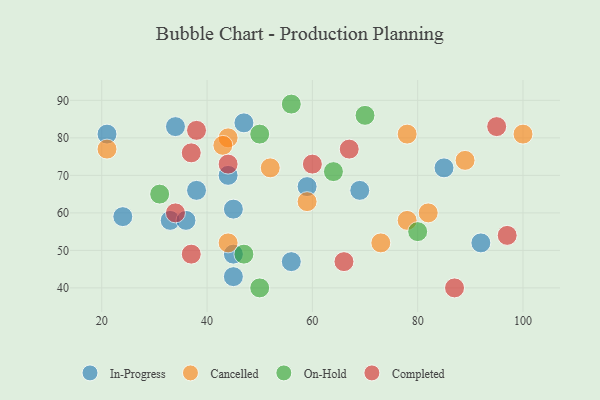
{"axis": {"x": "GDP", "y": "Life Expectancy"}, "legend": ["Cancelled", "Completed", "In-Progress", "On-Hold"], "data": [{"x": "34", "y": 83, "type": "In-Progress"}, {"x": "47", "y": 84, "type": "In-Progress"}, {"x": "45", "y": 49, "type": "In-Progress"}, {"x": "69", "y": 66, "type": "In-Progress"}, {"x": "44", "y": 70, "type": "In-Progress"}, {"x": "33", "y": 58, "type": "In-Progress"}, {"x": "45", "y": 43, "type": "In-Progress"}, {"x": "45", "y": 61, "type": "In-Progress"}, {"x": "21", "y": 81, "type": "In-Progress"}, {"x": "36", "y": 58, "type": "In-Progress"}, {"x": "56", "y": 47, "type": "In-Progress"}, {"x": "38", "y": 66, "type": "In-Progress"}, {"x": "92", "y": 52, "type": "In-Progress"}, {"x": "59", "y": 67, "type": "In-Progress"}, {"x": "24", "y": 59, "type": "In-Progress"}, {"x": "85", "y": 72, "type": "In-Progress"}, {"x": "44", "y": 80, "type": "Cancelled"}, {"x": "21", "y": 77, "type": "Cancelled"}, {"x": "100", "y": 81, "type": "Cancelled"}, {"x": "43", "y": 78, "type": "Cancelled"}, {"x": "59", "y": 63, "type": "Cancelled"}, {"x": "44", "y": 52, "type": "Cancelled"}, {"x": "73", "y": 52, "type": "Cancelled"}, {"x": "52", "y": 72, "type": "Cancelled"}, {"x": "82", "y": 60, "type": "Cancelled"}, {"x": "89", "y": 74, "type": "Cancelled"}, {"x": "78", "y": 58, "type": "Cancelled"}, {"x": "78", "y": 81, "type": "Cancelled"}, {"x": "56", "y": 89, "type": "On-Hold"}, {"x": "47", "y": 49, "type": "On-Hold"}, {"x": "50", "y": 40, "type": "On-Hold"}, {"x": "80", "y": 55, "type": "On-Hold"}, {"x": "50", "y": 81, "type": "On-Hold"}, {"x": "31", "y": 65, "type": "On-Hold"}, {"x": "70", "y": 86, "type": "On-Hold"}, {"x": "64", "y": 71, "type": "On-Hold"}, {"x": "37", "y": 49, "type": "Completed"}, {"x": "37", "y": 76, "type": "Completed"}, {"x": "38", "y": 82, "type": "Completed"}, {"x": "66", "y": 47, "type": "Completed"}, {"x": "34", "y": 60, "type": "Completed"}, {"x": "67", "y": 77, "type": "Completed"}, {"x": "44", "y": 73, "type": "Completed"}, {"x": "87", "y": 40, "type": "Completed"}, {"x": "95", "y": 83, "type": "Completed"}, {"x": "60", "y": 73, "type": "Completed"}, {"x": "97", "y": 54, "type": "Completed"}]}